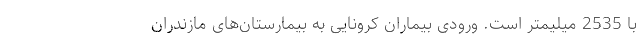
با 2535 میلیمتر است. ورودی بیماران کرونایی به بیمارستان‌های مازندران